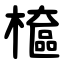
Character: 檶